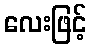
လေးဖြင့်